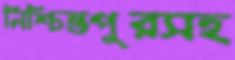
নিশ্চিন্তপুরসহ